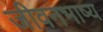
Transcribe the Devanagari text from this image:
जीवनभाष्य